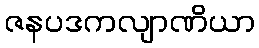
ဇနပဒကလျာဏိယာ